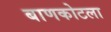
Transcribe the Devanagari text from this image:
बाणकोटला